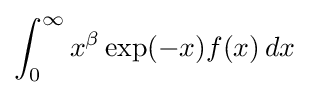
\int _{0}^{\infty }x^{\beta }\exp(-x)f(x)\,dx